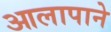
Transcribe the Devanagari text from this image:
आलापाने